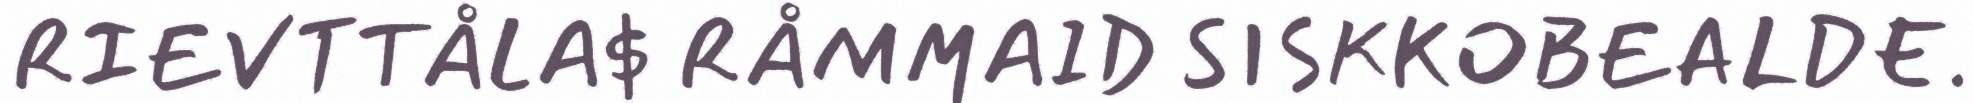
RIEVTTÅLA$ RÅMMAID SISKKOBEALDE.